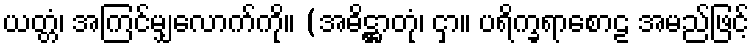
ယတ္တံ၊ အကြင်မျှလောက်ကို။ (အဓိဋ္ဌာတုံ၊ ငှာ။ ပရိက္ခရာစောဠ အမည်ဖြင့်